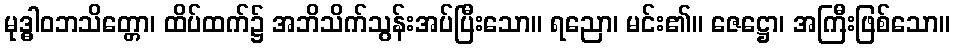
မုဒ္ဓါဝဘသိတ္တော၊ ထိပ်ထက်၌ အဘိသိက်သွန်းအပ်ပြီးသော။ ရညော၊ မင်း၏။ ဇေဋ္ဌော၊ အကြီးဖြစ်သော။